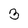
Character: 3